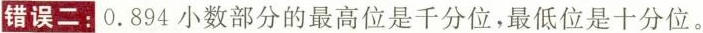
错误二：0.894小数部分的最高位是千分位，最低位是十分位。